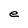
Character: e